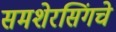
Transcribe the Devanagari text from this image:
समशेरसिंगचे